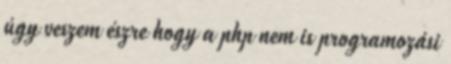
úgy veszem észre hogy a php nem is programozási